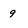
Character: 9